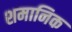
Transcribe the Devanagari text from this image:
शमानिक